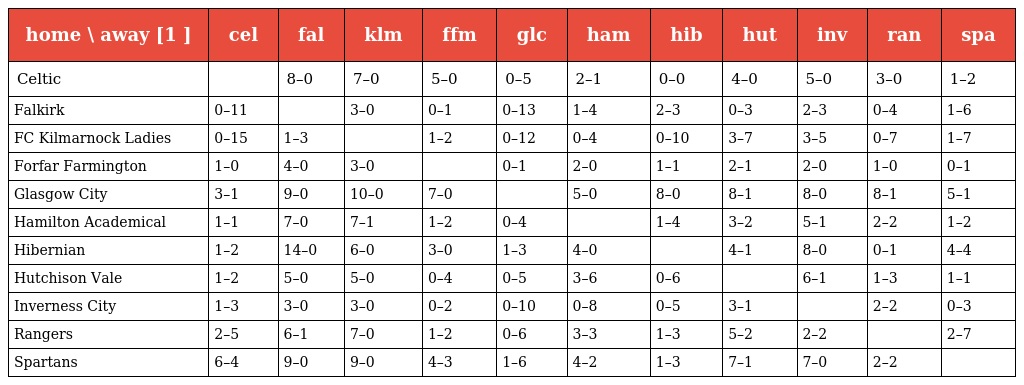
| home \ away [1 ] | cel | fal | klm | ffm | glc | ham | hib | hut | inv | ran | spa |
 | --- | --- | --- | --- | --- | --- | --- | --- | --- | --- | --- | --- |
 | Celtic |  | 8–0 | 7–0 | 5–0 | 0–5 | 2–1 | 0–0 | 4–0 | 5–0 | 3–0 | 1–2 |
 | Falkirk | 0–11 |  | 3–0 | 0–1 | 0–13 | 1–4 | 2–3 | 0–3 | 2–3 | 0–4 | 1–6 |
 | FC Kilmarnock Ladies | 0–15 | 1–3 |  | 1–2 | 0–12 | 0–4 | 0–10 | 3–7 | 3–5 | 0–7 | 1–7 |
 | Forfar Farmington | 1–0 | 4–0 | 3–0 |  | 0–1 | 2–0 | 1–1 | 2–1 | 2–0 | 1–0 | 0–1 |
 | Glasgow City | 3–1 | 9–0 | 10–0 | 7–0 |  | 5–0 | 8–0 | 8–1 | 8–0 | 8–1 | 5–1 |
 | Hamilton Academical | 1–1 | 7–0 | 7–1 | 1–2 | 0–4 |  | 1–4 | 3–2 | 5–1 | 2–2 | 1–2 |
 | Hibernian | 1–2 | 14–0 | 6–0 | 3–0 | 1–3 | 4–0 |  | 4–1 | 8–0 | 0–1 | 4–4 |
 | Hutchison Vale | 1–2 | 5–0 | 5–0 | 0–4 | 0–5 | 3–6 | 0–6 |  | 6–1 | 1–3 | 1–1 |
 | Inverness City | 1–3 | 3–0 | 3–0 | 0–2 | 0–10 | 0–8 | 0–5 | 3–1 |  | 2–2 | 0–3 |
 | Rangers | 2–5 | 6–1 | 7–0 | 1–2 | 0–6 | 3–3 | 1–3 | 5–2 | 2–2 |  | 2–7 |
 | Spartans | 6–4 | 9–0 | 9–0 | 4–3 | 1–6 | 4–2 | 1–3 | 7–1 | 7–0 | 2–2 |  |